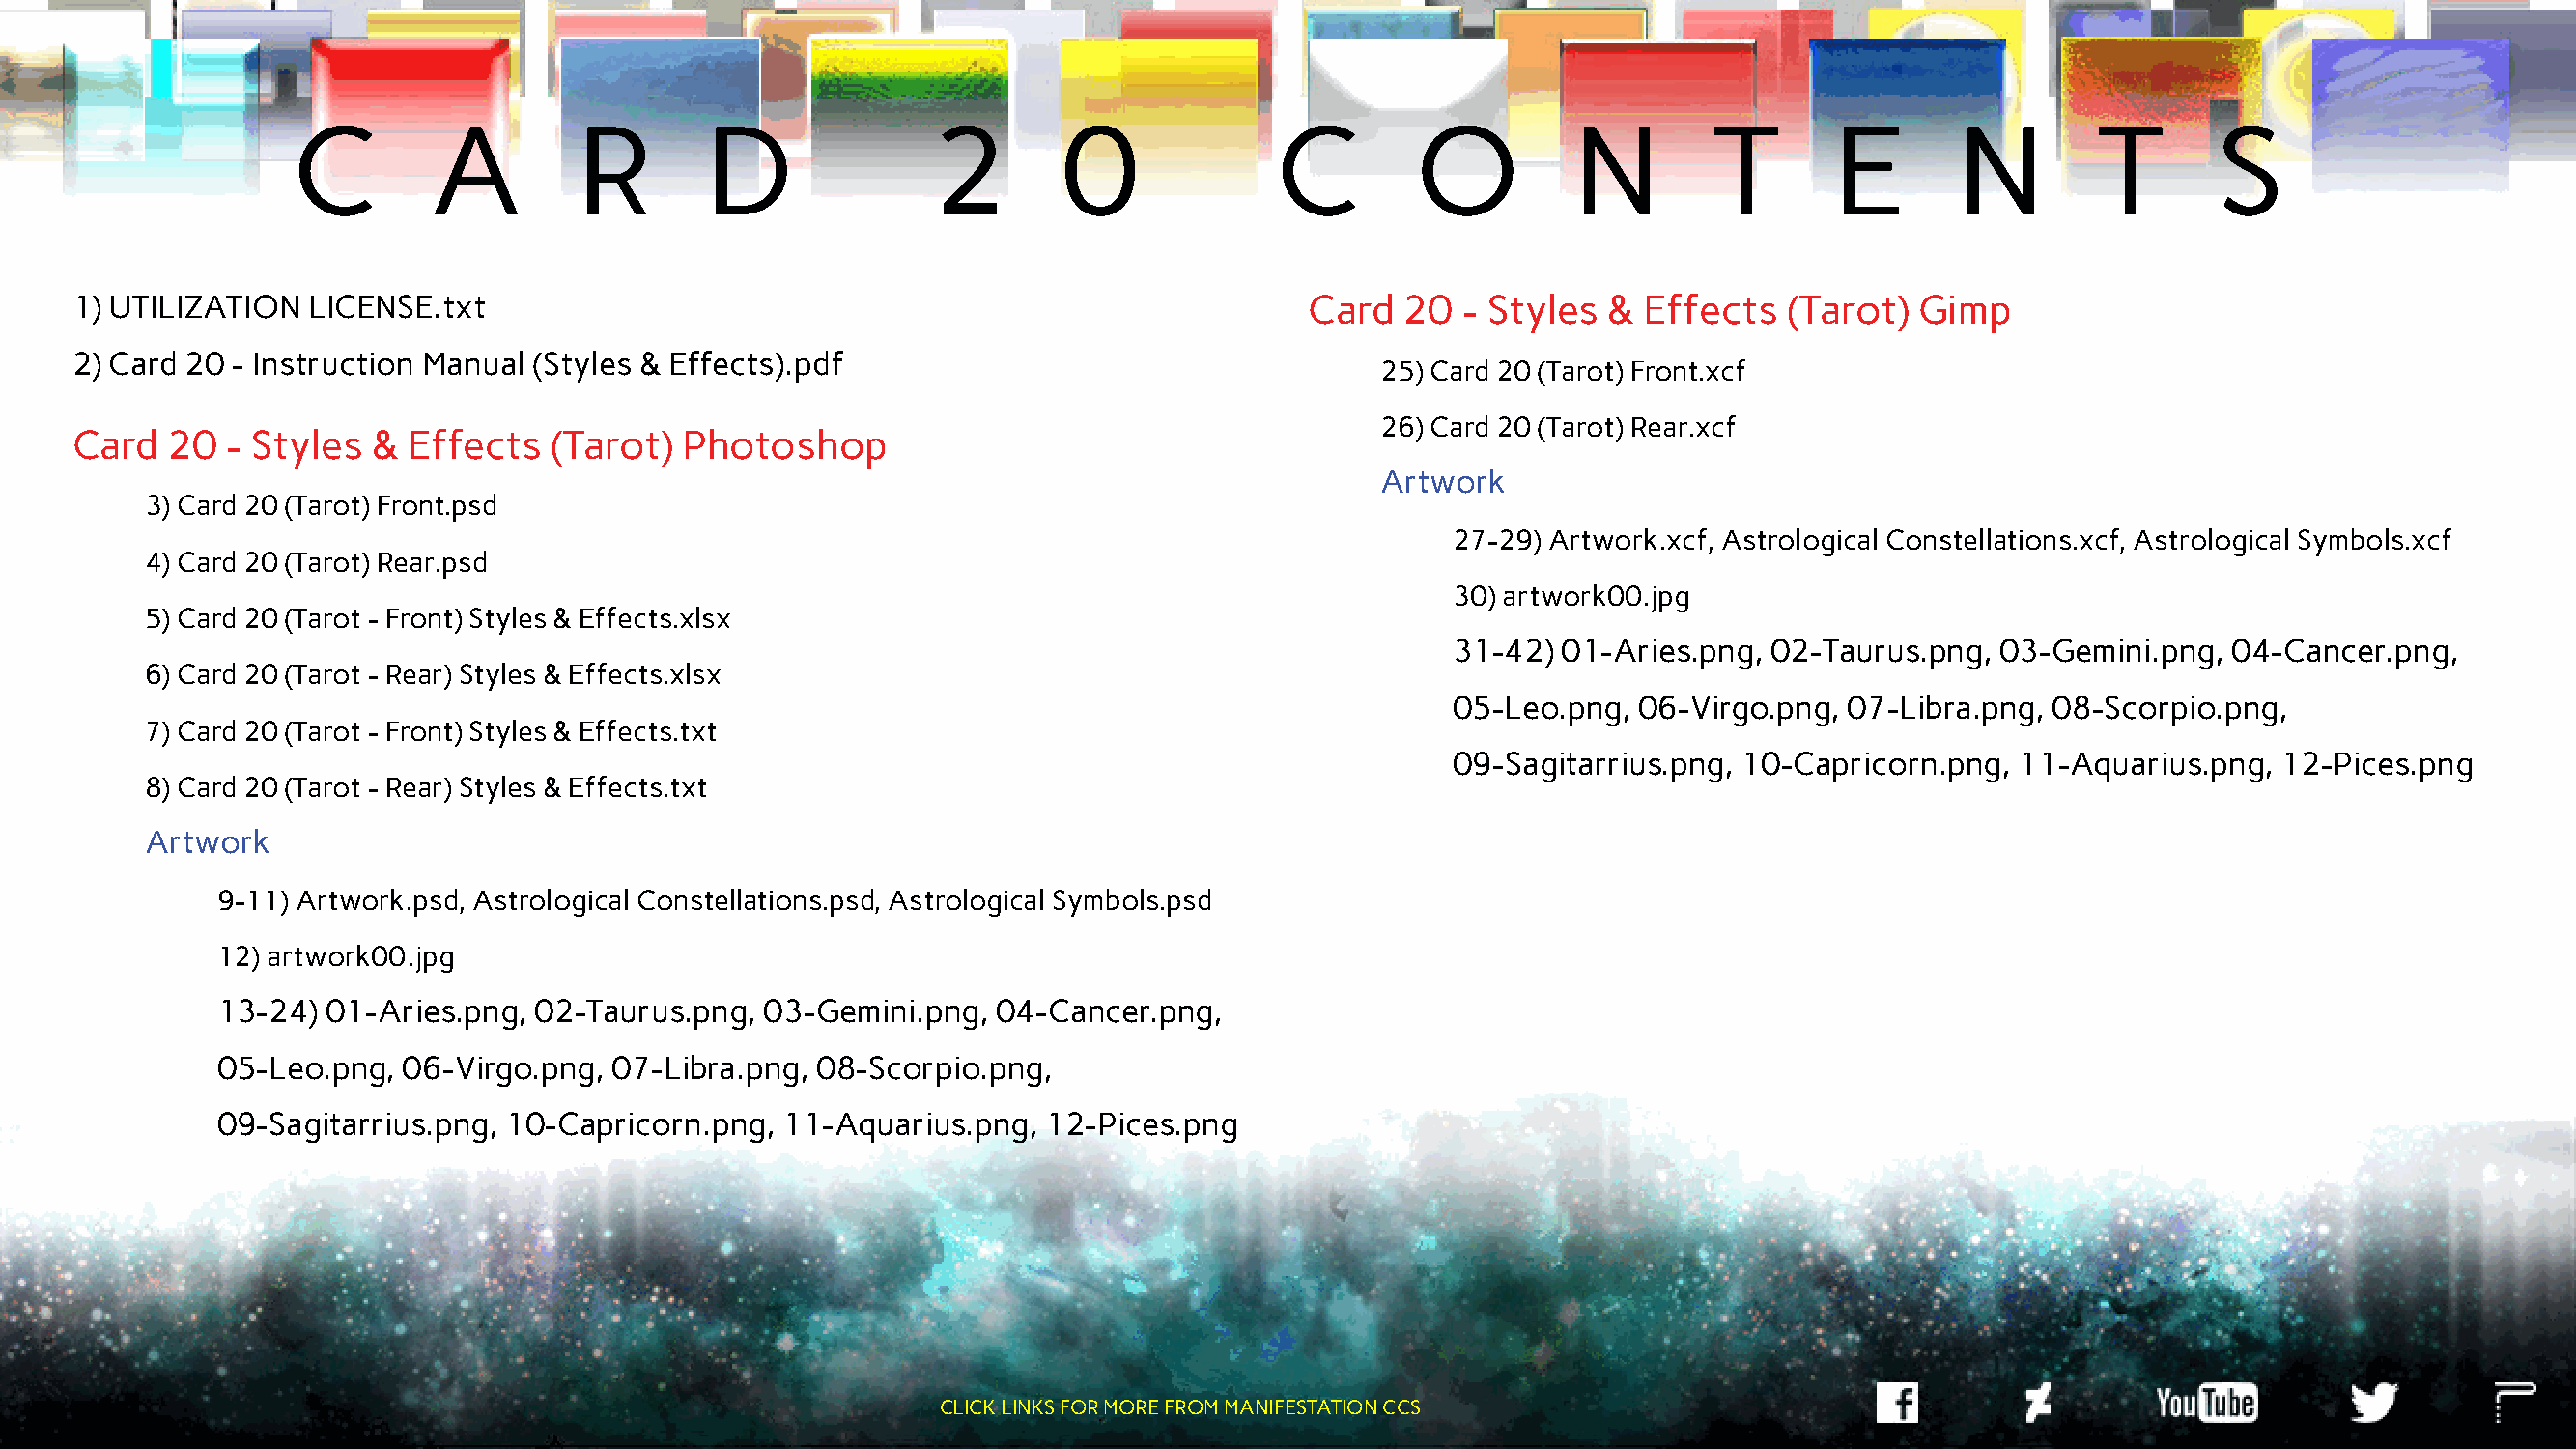
C        A          R       D               2        0             C         O          N        T        E       N         T       S
 1) UTILIZATION  LICENSE.txt                                                          Card  20  - Styles  &  Effects   (Tarot) Gimp
 2) Card 20 - Instruction Manual (Styles & Effects).pdf
 25) Card 20 (Tarot) Front.xcf
 26) Card 20 (Tarot) Rear.xcf
 Card   20  - Styles  & Effects   (Tarot)  Photoshop
 Artwork
 3) Card 20 (Tarot) Front.psd
 27-29) Artwork.xcf, Astrological Constellations.xcf, Astrological Symbols.xcf
 4) Card 20 (Tarot) Rear.psd
 30) artwork00.jpg
 5) Card 20 (Tarot - Front) Styles & Effects.xlsx
 31-42) 01-Aries.png, 02-Taurus.png,  03-Gemini.png,  04-Cancer.png,
 6) Card 20 (Tarot - Rear) Styles & Effects.xlsx
 05-Leo.png, 06-Virgo.png,  07-Libra.png, 08-Scorpio.png,
 7) Card 20 (Tarot - Front) Styles & Effects.txt
 09-Sagitarrius.png, 10-Capricorn.png, 11-Aquarius.png,  12-Pices.png
 8) Card 20 (Tarot - Rear) Styles & Effects.txt
 Artwork
 9-11) Artwork.psd, Astrological Constellations.psd, Astrological Symbols.psd
 12) artwork00.jpg
 13-24) 01-Aries.png,  02-Taurus.png, 03-Gemini.png,  04-Cancer.png,
 05-Leo.png,  06-Virgo.png, 07-Libra.png, 08-Scorpio.png,
 09-Sagitarrius.png, 10-Capricorn.png,  11-Aquarius.png,  12-Pices.png
 CLICK LINKS FOR MORE FROM MANIFESTATION CCS